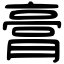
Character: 膏